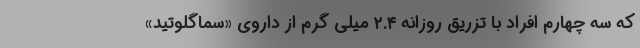
که سه چهارم افراد با تزریق روزانه ۲.۴ میلی گرم از داروی «سماگلوتید»